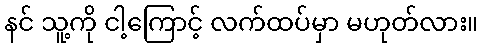
နင် သူ့ကို ငါ့ကြောင့် လက်ထပ်မှာ မဟုတ်လား။